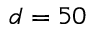
d = 5 0